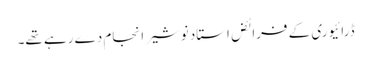
ڈرائیوری کے فرائض استاد نوشیر انجام دے رہے تھے۔